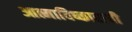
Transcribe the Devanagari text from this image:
आत्माविष्काराची